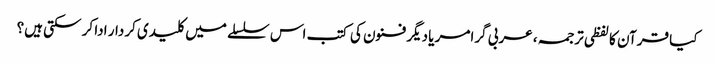
کیا قرآن کا لفظی ترجمہ، عربی گرامر یا دیگر فنون کی کتب اس سلسلے میں کلیدی کردار ادا کر سکتی ہیں؟